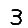
Digit: 3